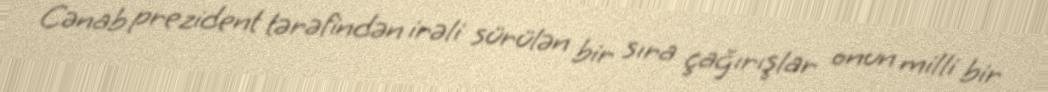
Cənab prezident tərəfindən irəli sürülən bir sıra çağırışlar onun milli bir